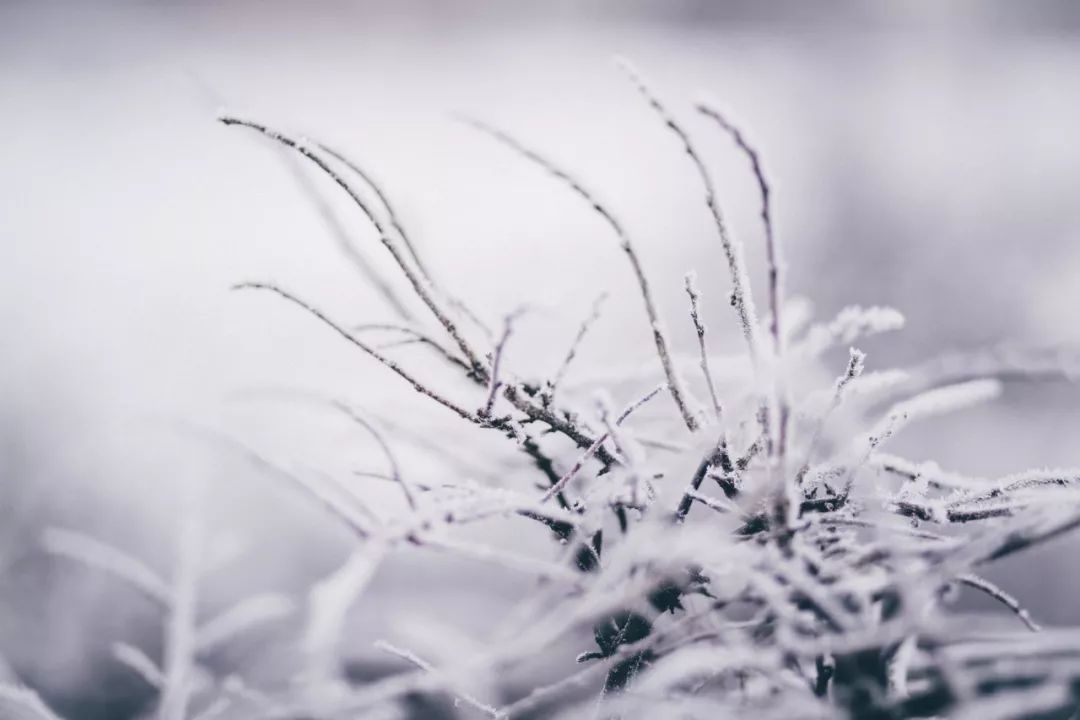
春雪满空来，触处似花开。